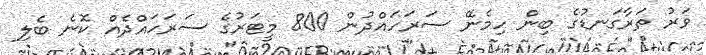
ވަރު ތަރާގަނޑުގެ ބިން ހިމެނޭ ސަރަހައްދުން 800 މީޓަރުގެ ސަރަހައްދެއް ކޮނެ ބެލި